Burma Government Medical School reports 1907-22
Year: 1907
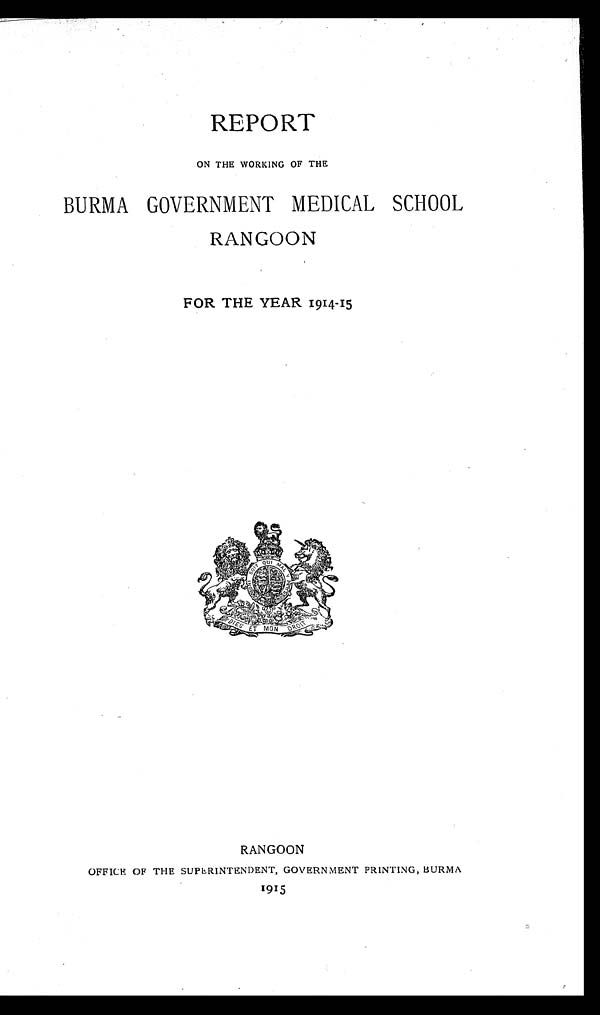
REPORT
ON THE WORKING OF THE
BURMA GOVERNMENT MEDICAL SCHOOL
RANGOON
FOR THE YEAR 1914-15
RANGOON
OFFICE OF THE SUPERINTENDENT, GOVERNMENT PRINTING, BURMA
1915